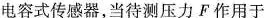
电容式传感器，当待测压力F作用于